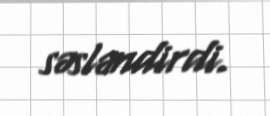
səsləndirdi.